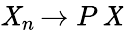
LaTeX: \displaystyle\mathit{X}_{n}\, {\xrightarrow{}{{P}}}\, \mathit{X}